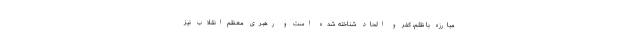
مبارزه با ظلم، کفر و الحاد شناخته شده است و رهبری معظم انقلاب نیز